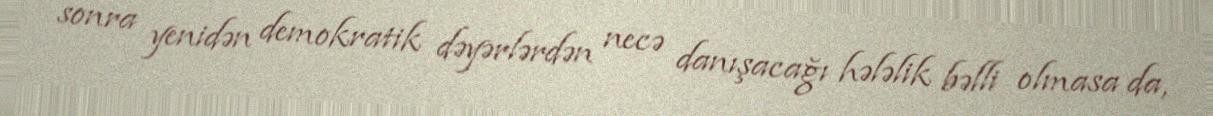
sonra yenidən demokratik dəyərlərdən necə danışacağı hələlik bəlli olmasa da,